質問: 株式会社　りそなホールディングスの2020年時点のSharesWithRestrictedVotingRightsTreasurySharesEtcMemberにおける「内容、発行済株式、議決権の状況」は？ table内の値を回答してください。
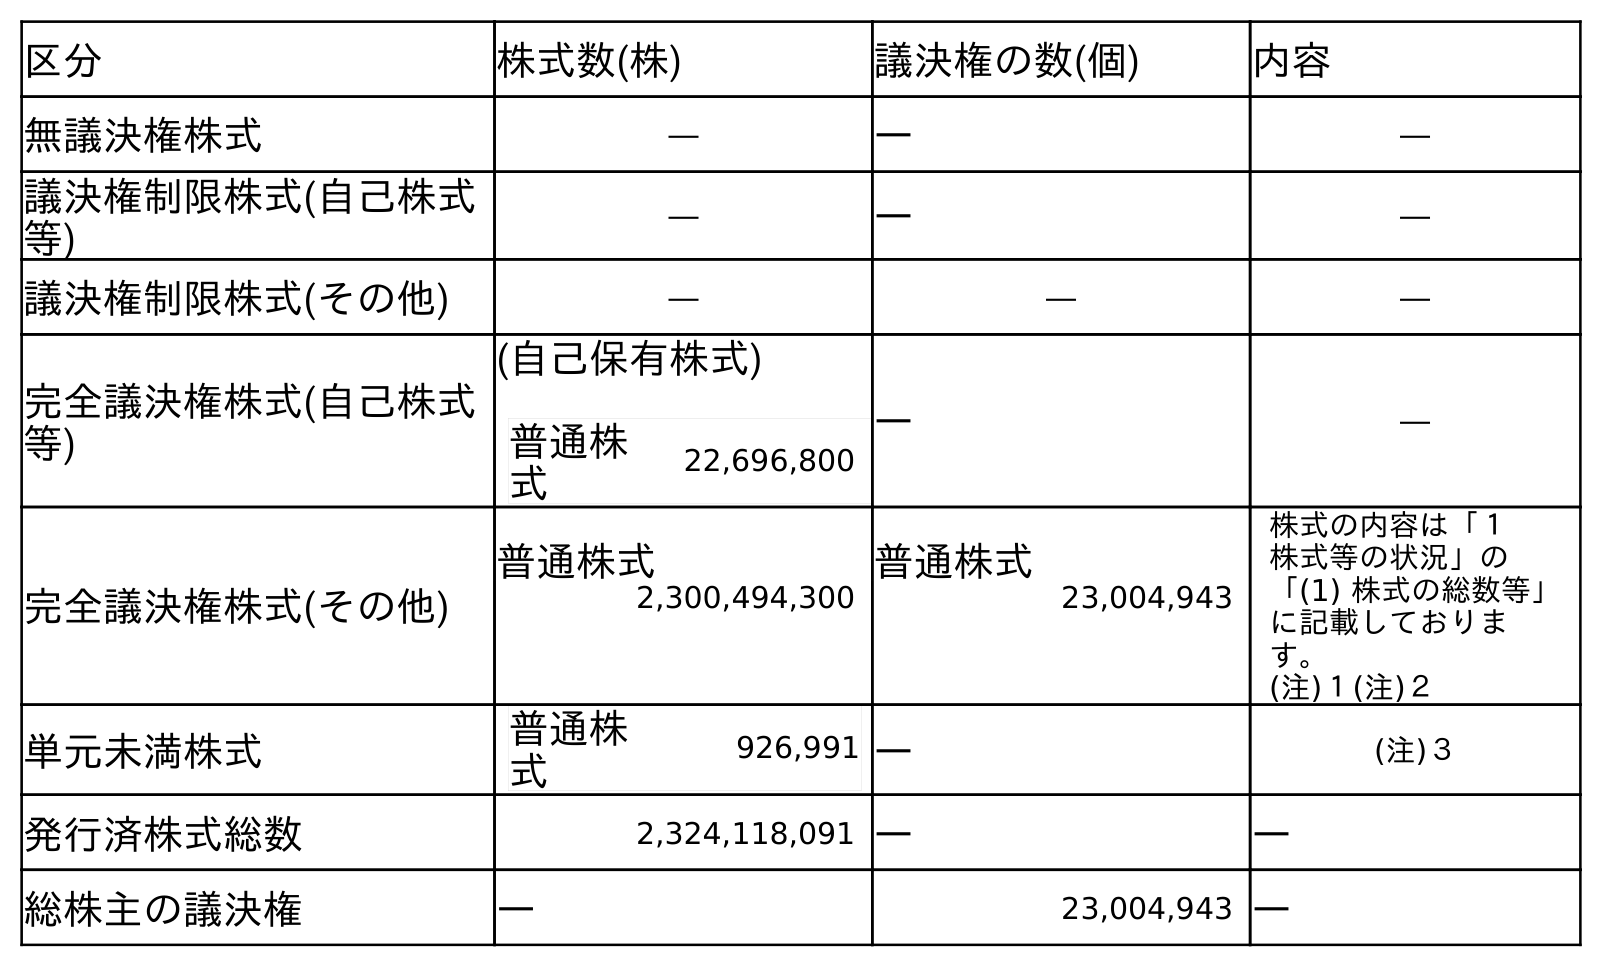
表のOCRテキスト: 区分 株式数(株) 議決権の数(個) 内容 無議決権株式 ― ― ― 議決権制限株式(自己株式 等) ― ― ― 議決権制限株式(その他) ― ― ― 完全議決権株式(自己株式 等) (自己保有株式) 普通株 式 22,696,800 ― ― 完全議決権株式(その他) 普通株式 普通株式 株式の内容は「１  株式等の状況」の 「(1) 株式の総数等」 に記載しておりま す。 (注)１(注)２ 2,300,494,300 23,004,943 単元未満株式 普通株 式 926,991 ― (注)３ 発行済株式総数 2,324,118,091 ― ― 総株主の議決権 ― 23,004,943 ―
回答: ―